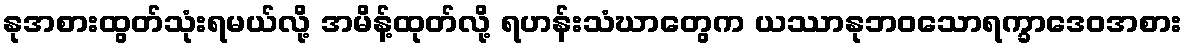
နုအစားထွတ်သုံးရမယ်လို့ အမိန့်ထုတ်လို့ ရဟန်းသံဃာတွေက ယဿာနုဘဝသောရက္ခာဒေဝအစား